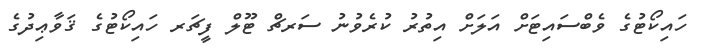
ހައިކޯޓުގެ ވެބްސައިޓަށް އަލަށް އިތުރު ކުރެވުނު ސަރޗް ޓޫލް ފީޗަރ ހައިކޯޓުގެ ޤަވާޢިދުގެ